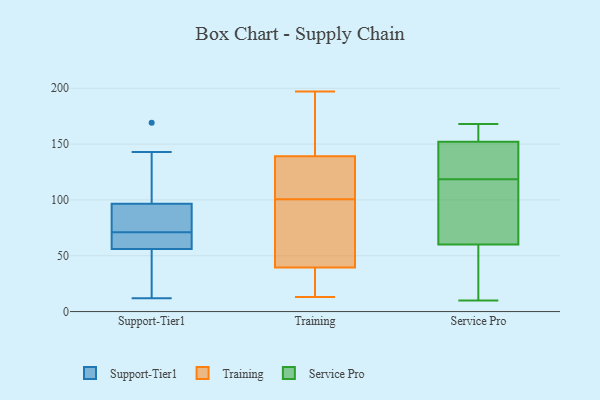
{"axis": {"x": "Shipments", "y": "Value"}, "legend": ["Service Pro", "Support-Tier1", "Training"], "data": [{"x": "", "y": 138, "type": "Support-Tier1"}, {"x": "", "y": 92, "type": "Support-Tier1"}, {"x": "", "y": 169, "type": "Support-Tier1"}, {"x": "", "y": 85, "type": "Support-Tier1"}, {"x": "", "y": 78, "type": "Support-Tier1"}, {"x": "", "y": 64, "type": "Support-Tier1"}, {"x": "", "y": 54, "type": "Support-Tier1"}, {"x": "", "y": 71, "type": "Support-Tier1"}, {"x": "", "y": 70, "type": "Support-Tier1"}, {"x": "", "y": 143, "type": "Support-Tier1"}, {"x": "", "y": 12, "type": "Support-Tier1"}, {"x": "", "y": 50, "type": "Support-Tier1"}, {"x": "", "y": 16, "type": "Support-Tier1"}, {"x": "", "y": 98, "type": "Support-Tier1"}, {"x": "", "y": 62, "type": "Support-Tier1"}, {"x": "", "y": 120, "type": "Training"}, {"x": "", "y": 112, "type": "Training"}, {"x": "", "y": 197, "type": "Training"}, {"x": "", "y": 13, "type": "Training"}, {"x": "", "y": 34, "type": "Training"}, {"x": "", "y": 183, "type": "Training"}, {"x": "", "y": 156, "type": "Training"}, {"x": "", "y": 21, "type": "Training"}, {"x": "", "y": 26, "type": "Training"}, {"x": "", "y": 45, "type": "Training"}, {"x": "", "y": 178, "type": "Training"}, {"x": "", "y": 89, "type": "Training"}, {"x": "", "y": 122, "type": "Training"}, {"x": "", "y": 84, "type": "Training"}, {"x": "", "y": 78, "type": "Training"}, {"x": "", "y": 112, "type": "Training"}, {"x": "", "y": 150, "type": "Service Pro"}, {"x": "", "y": 167, "type": "Service Pro"}, {"x": "", "y": 41, "type": "Service Pro"}, {"x": "", "y": 168, "type": "Service Pro"}, {"x": "", "y": 13, "type": "Service Pro"}, {"x": "", "y": 60, "type": "Service Pro"}, {"x": "", "y": 88, "type": "Service Pro"}, {"x": "", "y": 110, "type": "Service Pro"}, {"x": "", "y": 146, "type": "Service Pro"}, {"x": "", "y": 10, "type": "Service Pro"}, {"x": "", "y": 154, "type": "Service Pro"}, {"x": "", "y": 127, "type": "Service Pro"}, {"x": "", "y": 154, "type": "Service Pro"}, {"x": "", "y": 60, "type": "Service Pro"}, {"x": "", "y": 150, "type": "Service Pro"}, {"x": "", "y": 80, "type": "Service Pro"}]}